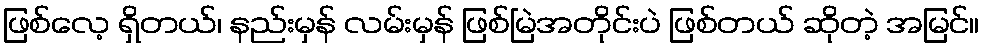
ဖြစ်လေ့ ရှိတယ်၊ နည်းမှန် လမ်းမှန် ဖြစ်မြဲအတိုင်းပဲ ဖြစ်တယ် ဆိုတဲ့ အမြင်။